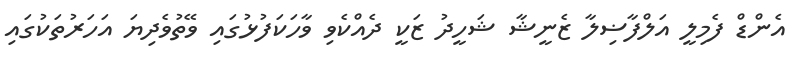
އެންޑް ފެމިލީ އަލްފާޟިލާ ޒެނީޝާ ޝަހީދު ޒަކީ ދެއްކެވި ވާހަކަފުޅުގައި ވޭތުވެދިޔަ އަހަަރުތަކުގައި